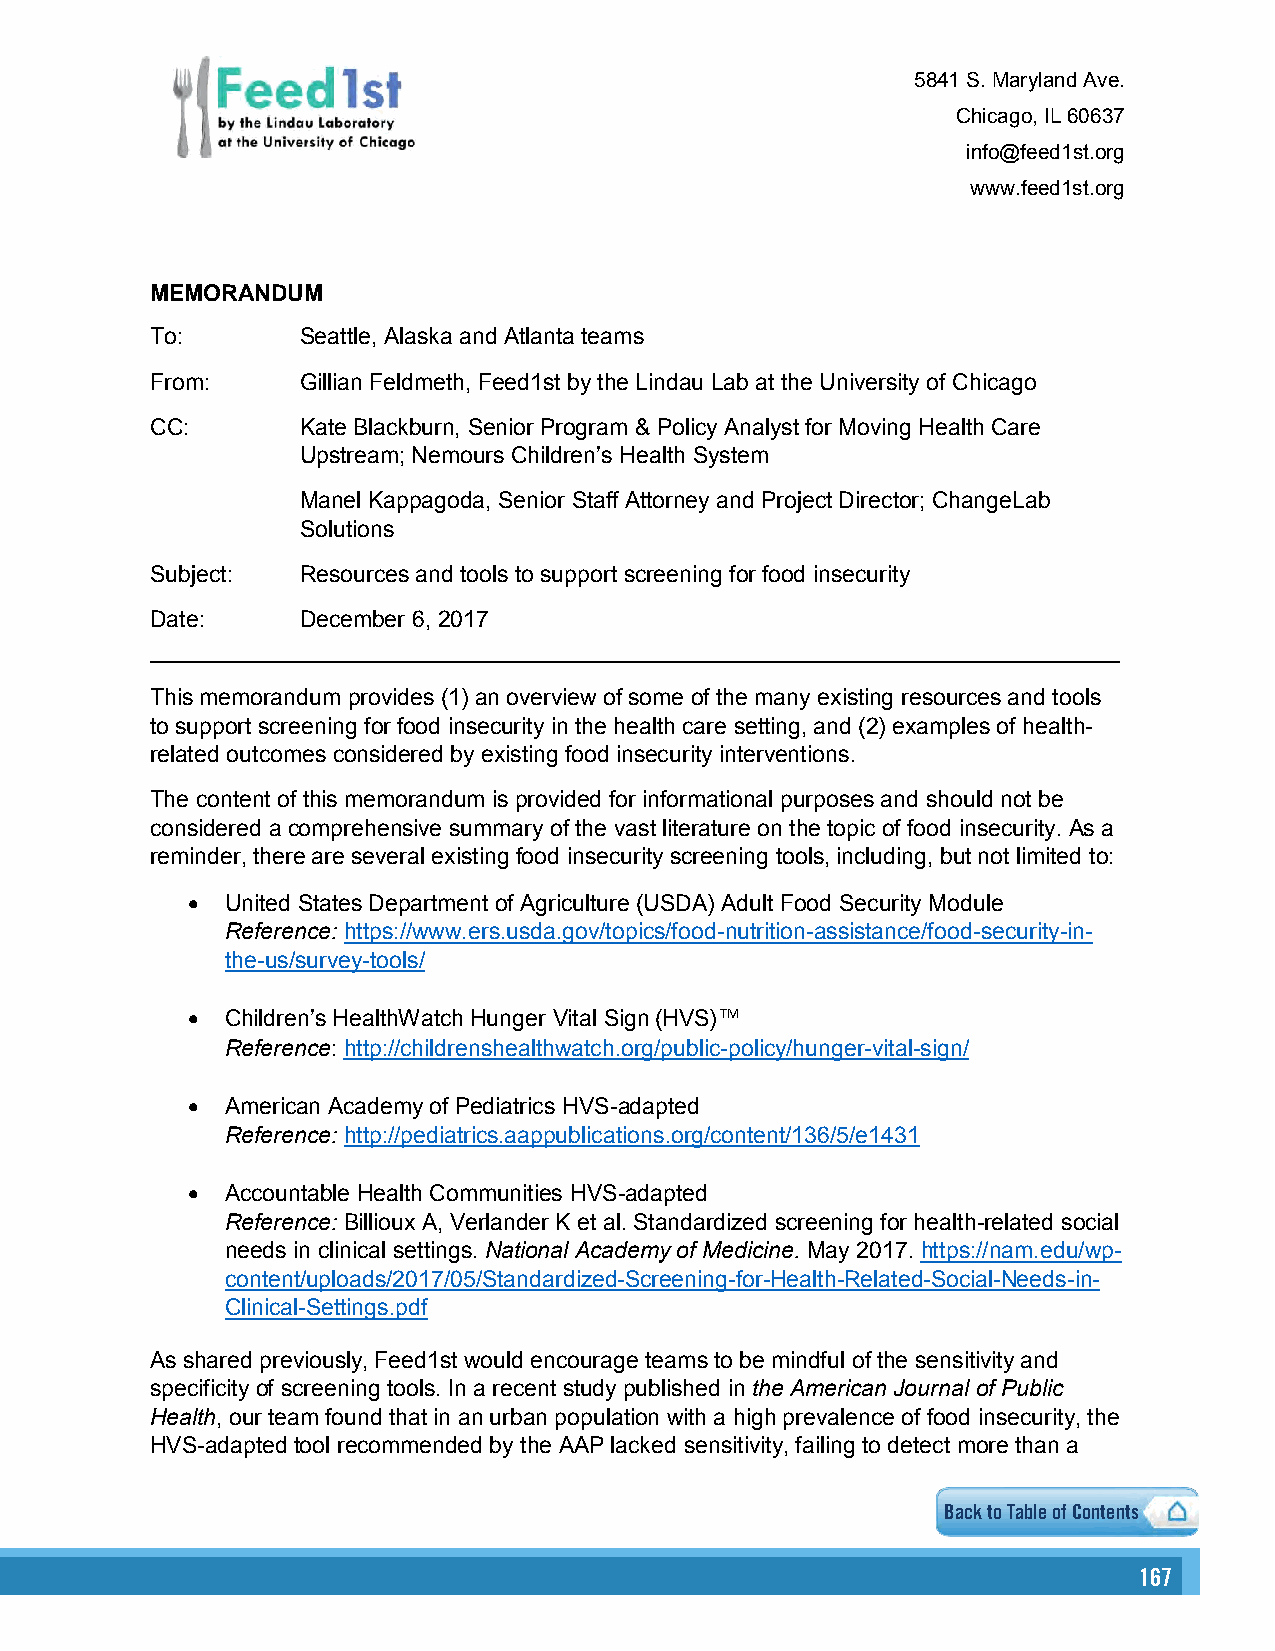
5841 S. Maryland Ave.
 Chicago, IL 60637
 info@feed1st.org
 www.feed1st.org
 MEMORANDUM
 To:       Seattle, Alaska and Atlanta teams
 From:     Gillian Feldmeth, Feed1st by the Lindau Lab at the University of Chicago
 CC:       Kate Blackburn, Senior Program & Policy Analyst for Moving Health Care
 Upstream; Nemours Children’s Health System
 Manel Kappagoda, Senior Staff Attorney and Project Director; ChangeLab
 Solutions
 Subject:  Resources and tools to support screening for food insecurity
 Date:     December 6, 2017
 This memorandum provides (1) an overview of some of the many existing resources and tools
 to support screening for food insecurity in the health care setting, and (2) examples of health-
 related outcomes considered by existing food insecurity interventions.
 The content of this memorandum is provided for informational purposes and should not be
 considered acomprehensive summary of the vast literature on the topic of food insecurity. As a
 reminder, there are several existing food insecurity screening tools, including, but not limited to:
 •  United States Department of Agriculture (USDA) Adult Food Security Module
 Reference: https://www.ers.usda.gov/topics/food-nutrition-assistance/food-security-in-
 the-us/survey-tools/
 •  Children’s HealthWatch Hunger Vital Sign (HVS) TM
 Reference: http://childrenshealthwatch.org/public-policy/hunger-vital-sign/
 •  American Academy of Pediatrics HVS-adapted
 Reference: http://pediatrics.aappublications.org/content/136/5/e1431
 •  Accountable Health Communities HVS-adapted
 Reference: Billioux A, Verlander K et al. Standardized screening for health-related social
 needs in clinical settings. National Academy of Medicine. May 2017. https://nam.edu/wp-
 content/uploads/2017/05/Standardized-Screening-for-Health-Related-Social-Needs-in-
 Clinical-Settings.pdf
 As shared previously, Feed1st would encourage teams to be mindful of the sensitivity and
 specificity of screening tools. In a recent study published in the American Journal of Public
 Health, our team found that in an urban population with a high prevalence of food insecurity, the
 HVS-adapted tool recommended by the AAP lacked sensitivity, failing to detect more than a
 Back to Table of Contents
 116677